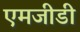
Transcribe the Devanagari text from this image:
एमजीडी